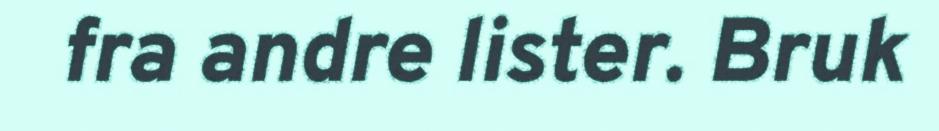
fra andre lister. Bruk